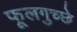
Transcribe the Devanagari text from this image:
फूलगुच्छे